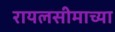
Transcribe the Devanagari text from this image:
रायलसीमाच्या